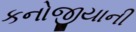
કનોજીયાની